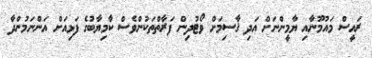
ރައީސް މައުމޫނާއި ޔާމީންނަށް އަދި ޤާސިމަށް ވޯޓުދިން ފަރާތްތަކުންވެސް ކާމިޔާބުގެ ފަޅިއަށް އަންނަމުންދާ